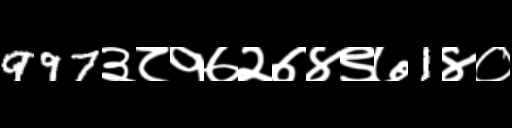
Text: 997३८१७२७४९७1४०